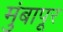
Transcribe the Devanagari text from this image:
मुंबापूर